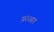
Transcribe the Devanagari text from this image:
य़३आ४